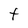
Character: t